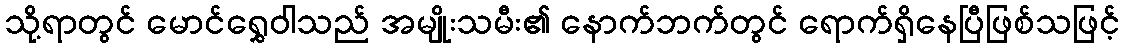
သို့ရာတွင် မောင်ရွှေဝါသည် အမျိုးသမီး၏ နောက်ဘက်တွင် ရောက်ရှိနေပြီဖြစ်သဖြင့်